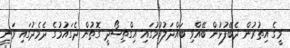
މީގެ އިތުރުން ދެބޭފުޅުން ބޭއްވި ބައްދަލުވުމުގައި އިގްތިސޯދީ ގޮތުން ދެގައުމުގެ ދެމެދުގައި ވަނީ